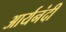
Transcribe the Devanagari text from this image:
आर्यनंदी